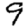
Digit: 9